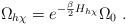
\begin{align*}\Omega_{h\chi}=e^{-\frac{\beta}{2}H_{h\chi}}\Omega_0 \ .\end{align*}